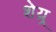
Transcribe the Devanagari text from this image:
शेय्र्र